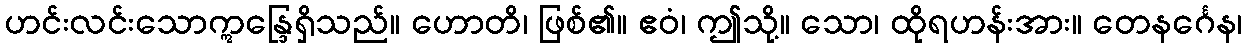
ဟင်းလင်းသောဣန္ဒြေရှိသည်။ ဟောတိ၊ ဖြစ်၏။ ဧဝံ၊ ဤသို့။ သော၊ ထိုရဟန်းအား။ တေနင်္ဂေန၊